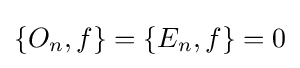
\{O_{n},f\}=\{E_{n},f\}=0